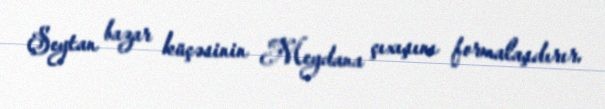
Şeytan bazar küçəsinin Meydana çıxışını formalaşdırır.